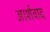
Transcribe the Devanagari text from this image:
आर्शवाद